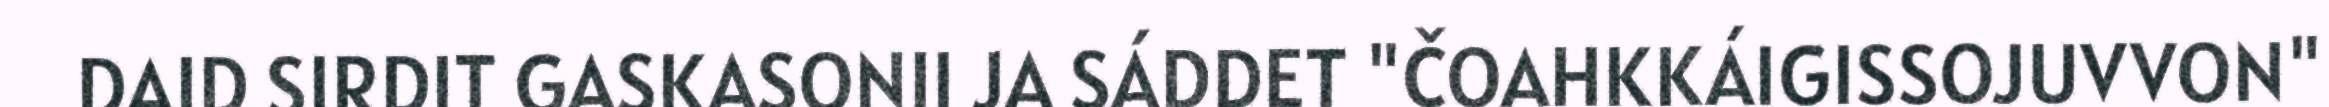
DAID SIRDIT GASKASONII JA SÁDDET "ČOAHKKÁIGISSOJUVVON"